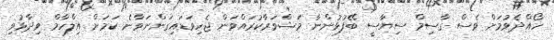
ހޯއްދެވުމަށް ވެސް ގާސިމް ސިޔާސީ ބޭފުޅުންނާ މަޝްވަރާކުރައްވަން ޖެހިވަޑައިގަންނަވާނެ ކަމަށް އިލްހާމް ވިދާޅުވި